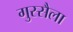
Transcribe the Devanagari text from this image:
गुस्सैला